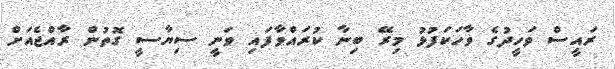
ރައީސް ވަހީދުގެ ވާހަކަފުޅު މިރޭ ބިނާ ކުރައްވާފައި ވަނީ ސިޔާސީ ގޮތުން ރާއްޖެއަށް